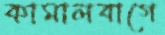
কামালবাগে